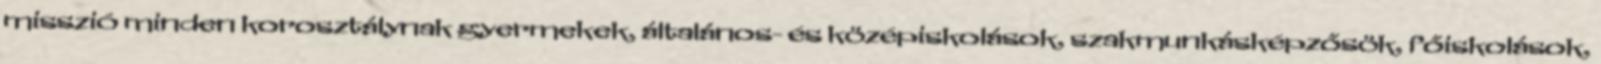
misszió minden korosztálynak gyermekek, általános- és középiskolások, szakmunkásképzősök, főiskolások,